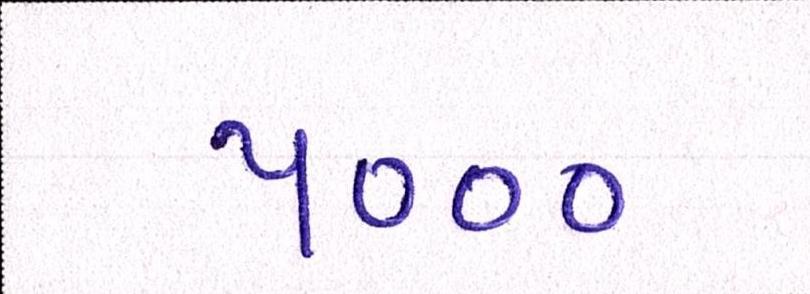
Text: ૫૦૦૦